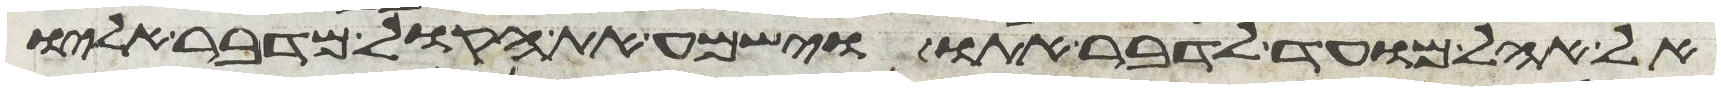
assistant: אל אהל מועד לדבר אתו וישמע את הקול מדבר אליו